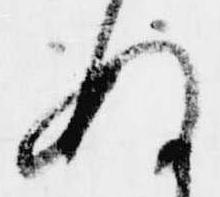
ぬ